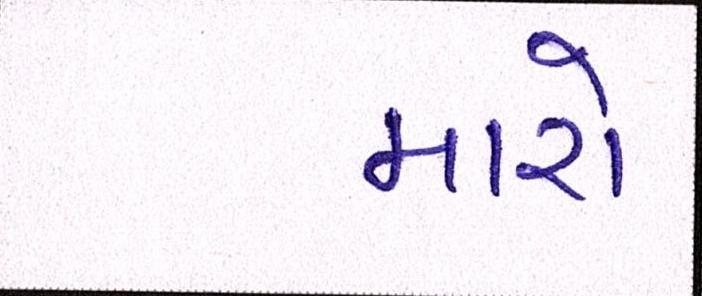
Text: મારો